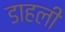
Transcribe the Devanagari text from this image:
डाहली